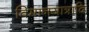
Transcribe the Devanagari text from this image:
विमानयात्रादि